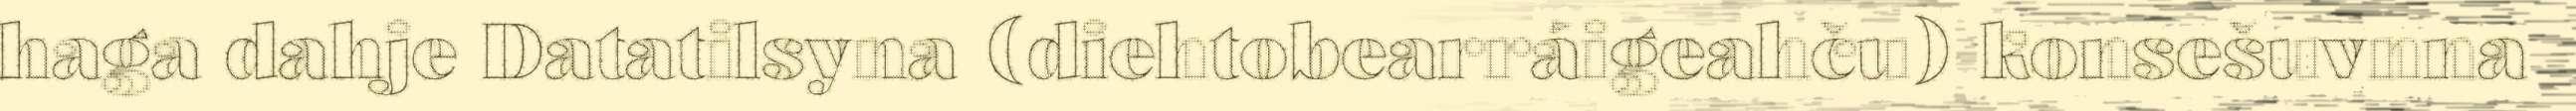
haga dahje Datatilsyna (diehtobearráigeahču) konsešuvnna